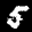
Label: 5